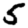
Digit: 5